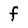
Character: f